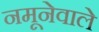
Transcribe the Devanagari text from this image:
नमूनेवाले